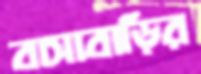
বাসাবাড়ির